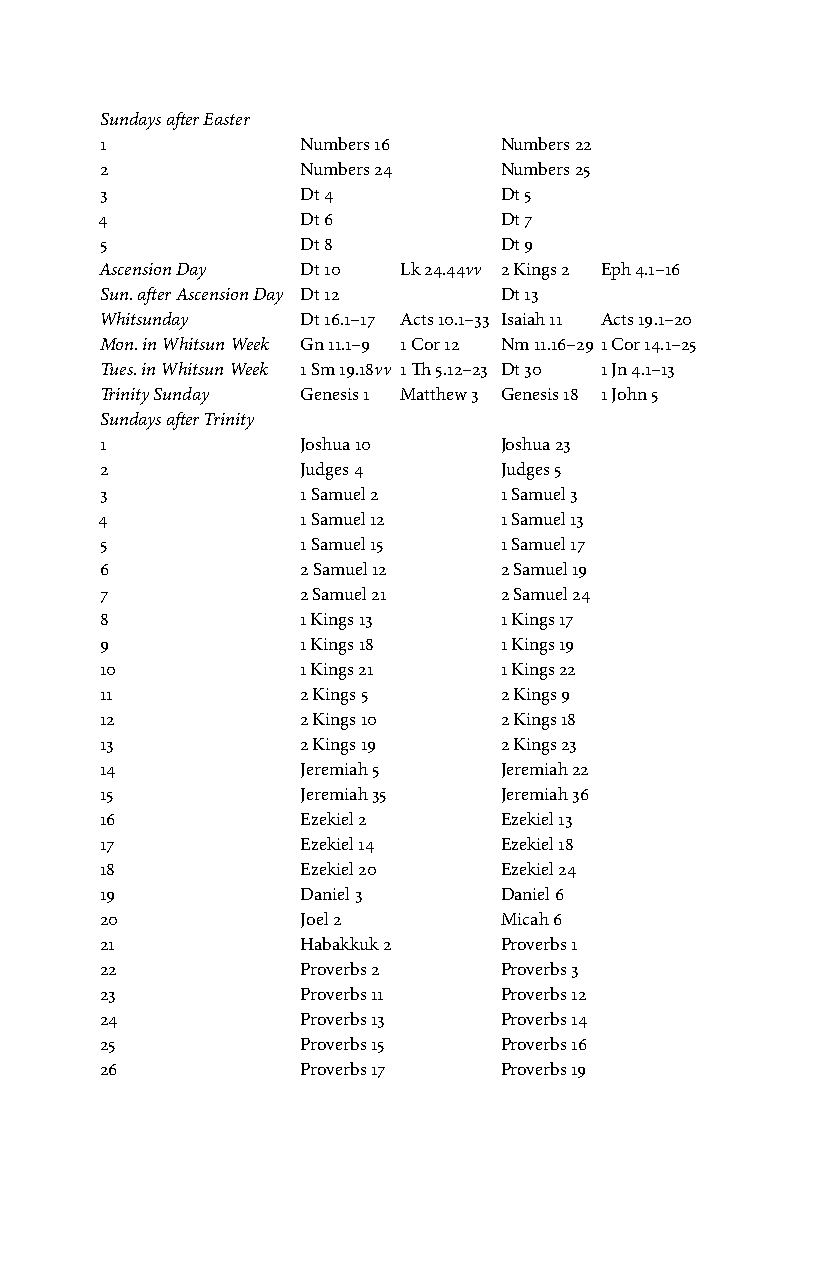
Sundays after Easter
 1            Numbers 16   Numbers 22
 2            Numbers 24   Numbers 25
 3            Dt 4         Dt 5
 4            Dt 6         Dt 7
 5            Dt 8         Dt 9
 Ascension Day Dt 10 Lk 24.44vv 2 Kings 2 Eph 4.1–16
 Sun. after Ascension Day Dt 12 Dt 13
 Whitsunday   Dt 16.1–17 Acts 10.1–33 Isaiah 11 Acts 19.1–20
 Mon. in Whitsun Week Gn 11.1–9 1 Cor 12 Nm 11.16–29 1 Cor 14.1–25
 Tues. in Whitsun Week 1 Sm 19.18vv 1 Th 5.12–23 Dt 30 1 Jn 4.1–13
 Trinity Sunday Genesis 1 Matthew 3 Genesis 18 1 John 5
 Sundays after Trinity
 1            Joshua 10    Joshua 23
 2            Judges 4     Judges 5
 3            1 Samuel 2   1 Samuel 3
 4            1 Samuel 12  1 Samuel 13
 5            1 Samuel 15  1 Samuel 17
 6            2 Samuel 12  2 Samuel 19
 7            2 Samuel 21  2 Samuel 24
 8            1 Kings 13   1 Kings 17
 9            1 Kings 18   1 Kings 19
 10           1 Kings 21   1 Kings 22
 11           2 Kings 5    2 Kings 9
 12           2 Kings 10   2 Kings 18
 13           2 Kings 19   2 Kings 23
 14           Jeremiah 5   Jeremiah 22
 15           Jeremiah 35  Jeremiah 36
 16           Ezekiel 2    Ezekiel 13
 17           Ezekiel 14   Ezekiel 18
 18           Ezekiel 20   Ezekiel 24
 19           Daniel 3     Daniel 6
 20           Joel 2       Micah 6
 21           Habakkuk 2   Proverbs 1
 22           Proverbs 2   Proverbs 3
 23           Proverbs 11  Proverbs 12
 24           Proverbs 13  Proverbs 14
 25           Proverbs 15  Proverbs 16
 26           Proverbs 17  Proverbs 19